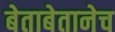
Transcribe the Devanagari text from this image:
बेताबेतानेच